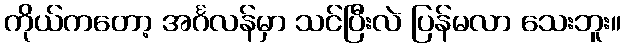
ကိုယ်ကတော့ အင်္ဂလန်မှာ သင်ပြီးလဲ ပြန်မလာ သေးဘူး။